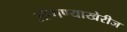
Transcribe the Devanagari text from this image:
आणण्याखेरीज